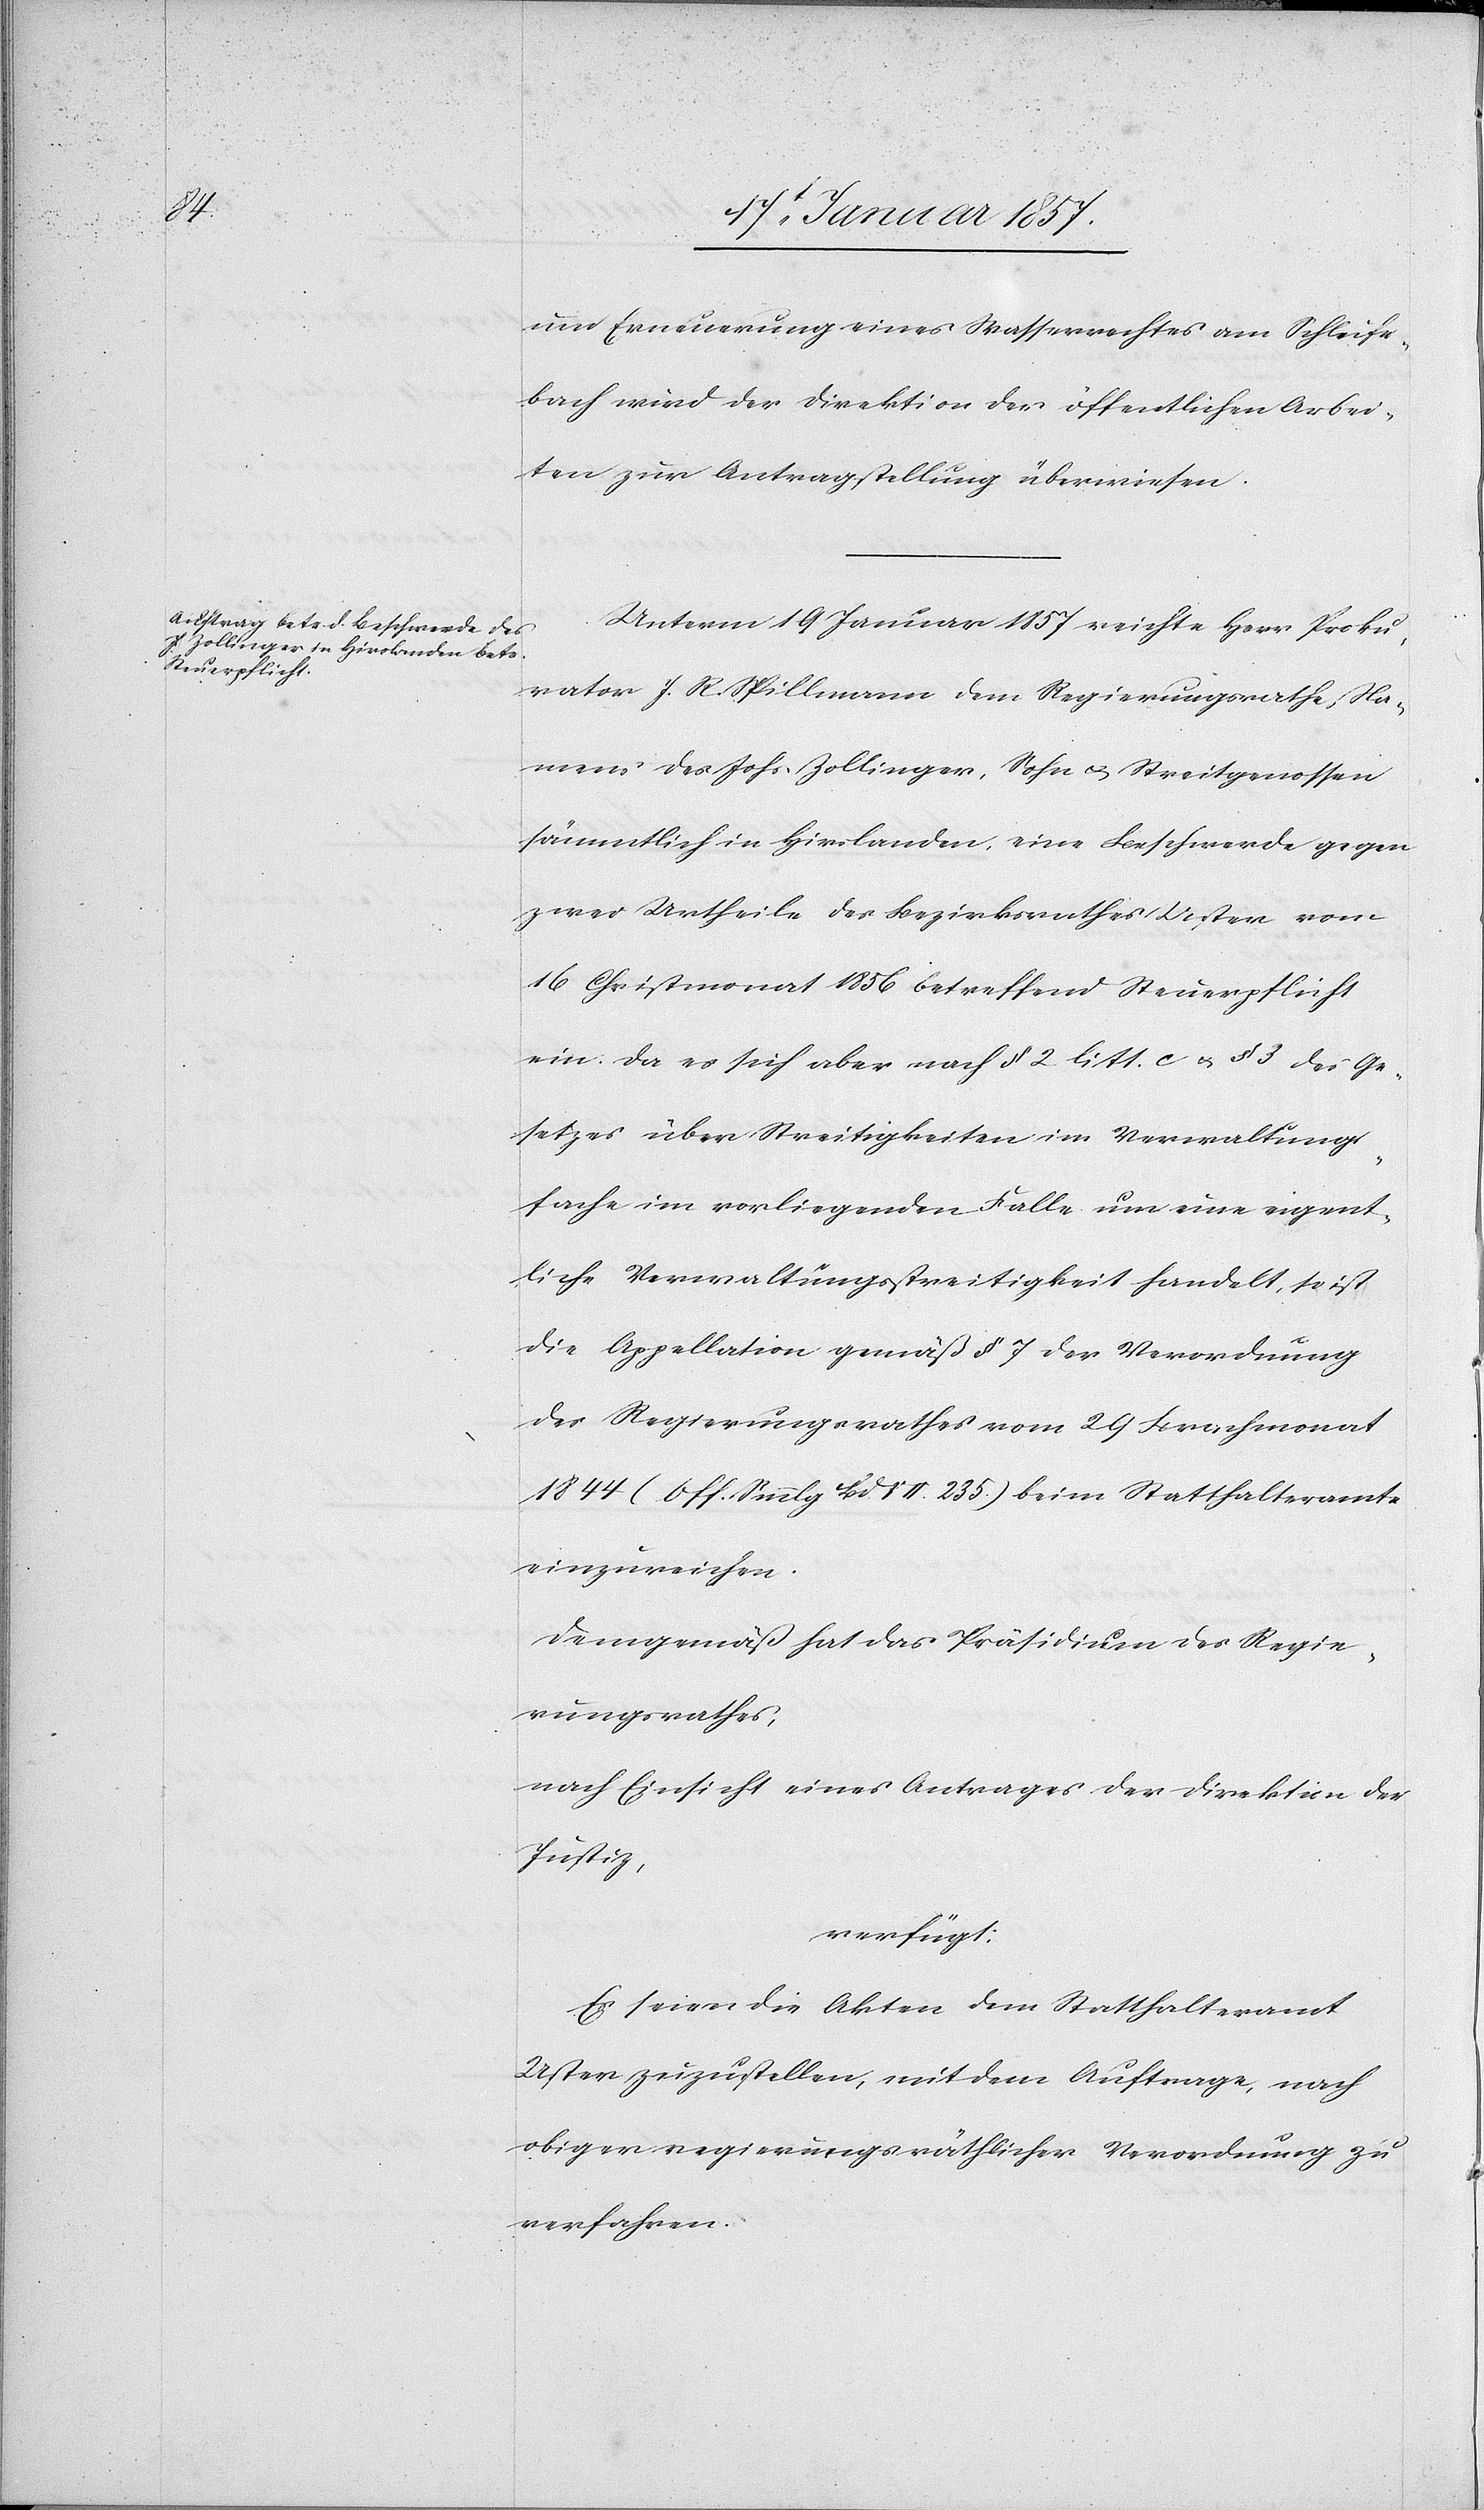
um Erneuerung eines Wasserrechtes am Schleife¬
bach wird der Direktion der öffentlichen Arbei¬
ten zur Antragstellung überwiesen.
Unterm 19 Januar 1857 reichte Herr Proku¬
rator J. R. Spillmann dem Regierungsrathe Na¬
mens des Johs Zollinger, Sohn u. Streitgenossen
sämmtlich in Hirslanden, eine Beschwerde gegen
zwei Urtheile des Bezirksrathes Uster vom
16 Christmonat 1856 betreffend Steuerpflicht
ein. Da er sich aber nach § 2 litt. c u. § 3 des Ge¬
setzes über Streitigkeiten im Verwaltungs¬
fache im vorliegenden Falle um eine eigent¬
liche Verwaltungsstreitigkeit handelt, so ist
die Appellation gemäß § 7 der Verordnung
des Regierungsrathes vom 29 Brachmonat
1844 (Off. Smmlg Bd VII. 235.) beim Statthalteramte
einzureichen.
Demgemäß hat das Präsidium des Regie¬
rungsrathes,
nach Einsicht eines Antrages der Direktion der
Justiz,
verfügt:
Es seien die Akten dem Statthalteramt
Uster zuzustellen, mit dem Auftrage, nach
obiger regierungsräthlicher Verordnung zu
verfahren.